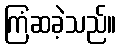
ကြံဆခဲ့သည်။